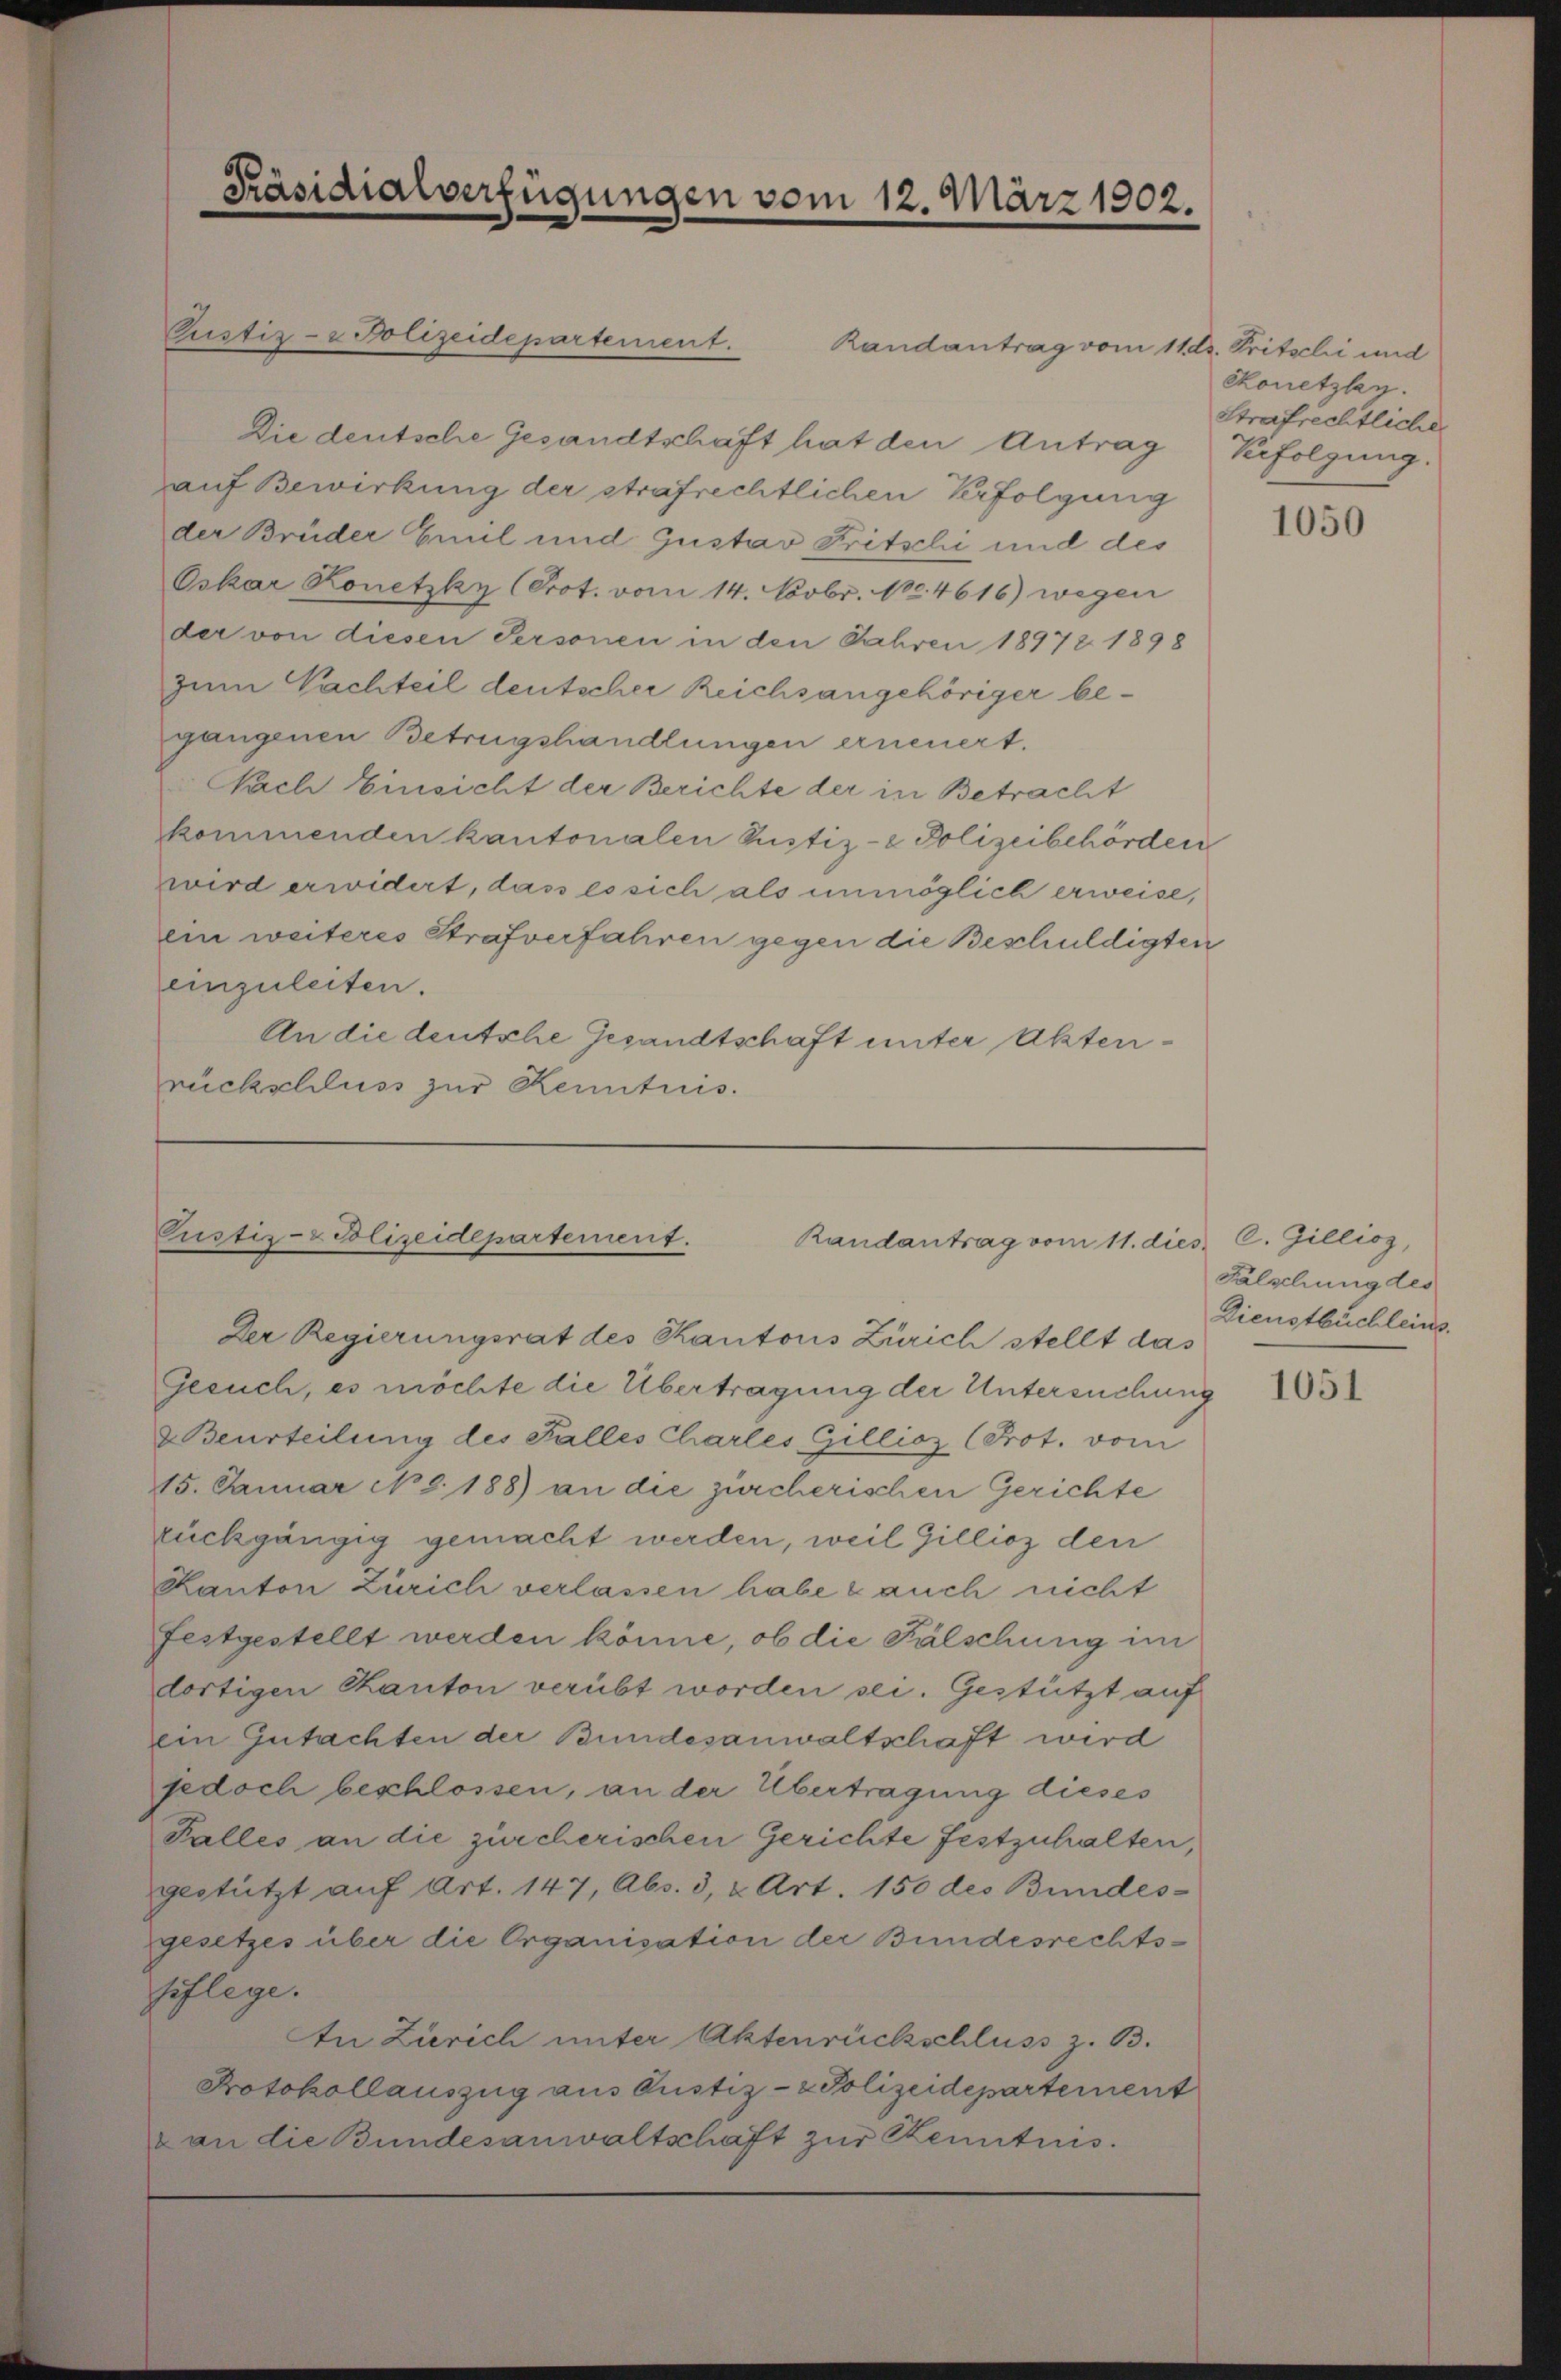
e
Präsidialverfügungen vom 12. März 1902.

Pustiz- & Polizeidepartement.

Randantrag vom 11. ds. Pritschi und
Die deutsche Gesandtschaft hat den Antrag Verfolgung.
auf Bewirkung der strafrechtlichen Verfolgung
der Brüder Emil und Gustav Fritschi und des
Oskar Konetzky (Prot. vom 14. Nobr. 100. 4616) wegen
der von diesen Personen in den Jahren 18972 1898
zum Nachteil deutscher Reichsangehöriger begangenen Betrugshandlungen erneuert.
Nach Einsicht der Berichte der in Betracht
kommenden kantonalen Pustiz- & Polizeibehörden
wird erwidert, das es sich als unmöglich erweise,
ein weiteres Strafverfahren gegen die Beschuldigten
einzuleiten.
An die deutsche Gesandtschaft unter Aktenrückschluss zur Kenntnis.

Pustiz- & Polizeidepartement.
Randantrag vom 11. dies C. Gillioz,
Der Regierungsrat des Kantons Zürich stellt das

Gesuch, es möchte die Übertragung der Untersuchung
 Beurteilung des Falles Chartes Gillioz (Prot. vom
15. Januar No 8. 188) an die zürcherischen Gerichte
rückgängig gemacht werden, weil Gillion der
Kanton Zürich verlassen habe & auch nicht
festgestellt werden könne, ob die Fälschung im
dortigen Kanton verübt worden sei. Gestützt auf
ein Gutachten der Bundesanwaltschaft wird
jedoch beschlossen, an der Übertragung dieses
Falles an die zürcherischen Gerichte festzuhalten,
gestützt auf Art. 147, Abs. 3, 2 Art. 150 des Bundes-
gesetzes über die Organisation der Bundesrechtspflege.
An Zürich unter Aktenrückschluss z. B.
Protokollauszug aus Gustiz- & Polizeidepartement
van die Bundesanwaltschaft zur Kenntnis.

Kkonetzky.
Strafrechtliche

1050

Fälschung des
Dienstbüchleins.

1051